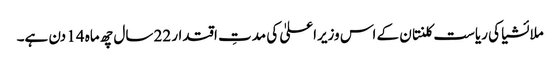
ملائشیا کی ریاست کلنتان کے اس وزیراعلیٰ کی مدتِ اقتدار 22 سال چھ ماہ 14 دن ہے۔